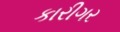
કારીગર